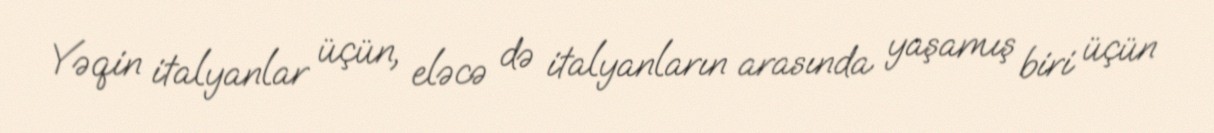
Yəqin italyanlar üçün, eləcə də italyanların arasında yaşamış biri üçün